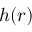
h ( r )